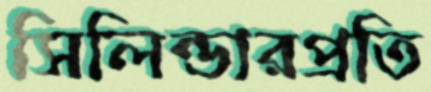
সিলিন্ডারপ্রতি